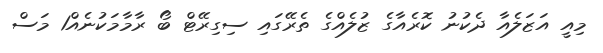
މިއީ އަޒަލެއާ ދެކުނު ކޮރެއާގެ ޒުލެއްގެ ތެރޭގައި ސިގިރޭޓް ބޯ ރާމާމަކުނެއް1 މަސް